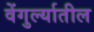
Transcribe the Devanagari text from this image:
वेंगुर्ल्यातील